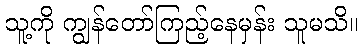
သူ့ကို ကျွန်တော်ကြည့်နေမှန်း သူမသိ။